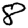
Digit: 8